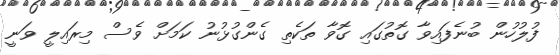
ފުލުހުން ބުނެފައިވާ ގޮތުގައި ގޮވާ ތަކެތި ގެންގުޅުނު ކަމަށް ވެސް މިރައިލީ ވަނީ